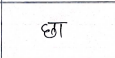
मजकूर: छा